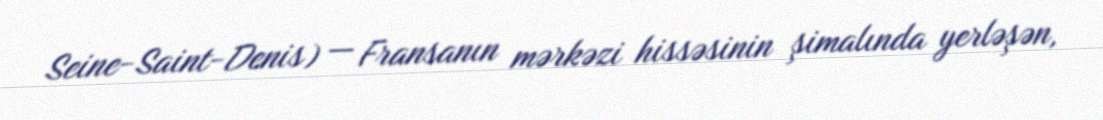
Seine-Saint-Denis) — Fransanın mərkəzi hissəsinin şimalında yerləşən,